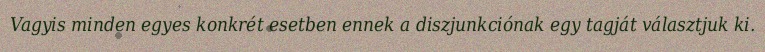
Vagyis minden egyes konkrét esetben ennek a diszjunkciónak egy tagját választjuk ki.